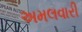
અમલવારી